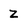
Character: Z